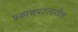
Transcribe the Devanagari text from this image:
प्रकाशपटलातील